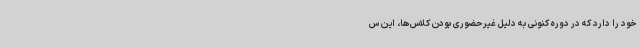
خود را دارد که در دوره کنونی به دلیل غیرحضوری بودن کلاس‌ها، این س